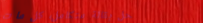
محل بقالة متكامل، كل ما ت